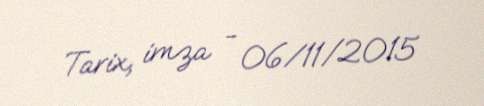
Tarix, imza - 06/11/2015